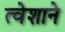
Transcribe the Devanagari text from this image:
त्वेशाने